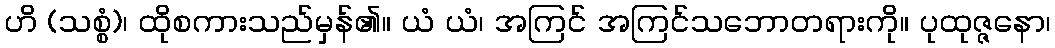
ဟိ (သစ္စံ)၊ ထိုစကားသည်မှန်၏။ ယံ ယံ၊ အကြင် အကြင်သဘောတရားကို။ ပုထုဇ္ဇနော၊